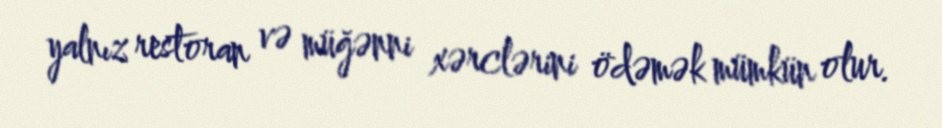
yalnız restoran və müğənni xərclərini ödəmək mümkün olur.